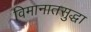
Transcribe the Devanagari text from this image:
विमानातसुद्धा